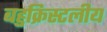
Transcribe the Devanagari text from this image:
बहुक्रिस्टलीय